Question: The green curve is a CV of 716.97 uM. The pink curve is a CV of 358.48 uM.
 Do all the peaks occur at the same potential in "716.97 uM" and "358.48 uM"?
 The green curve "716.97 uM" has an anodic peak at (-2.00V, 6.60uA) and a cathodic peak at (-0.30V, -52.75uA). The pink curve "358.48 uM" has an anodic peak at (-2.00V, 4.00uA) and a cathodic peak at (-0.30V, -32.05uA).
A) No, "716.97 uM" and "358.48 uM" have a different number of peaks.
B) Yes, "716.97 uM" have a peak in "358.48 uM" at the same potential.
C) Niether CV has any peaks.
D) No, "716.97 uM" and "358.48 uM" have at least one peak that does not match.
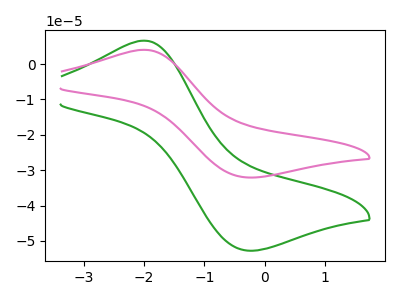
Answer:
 <answer>B) Yes, "716.97 uM" have a peak in "358.48 uM" at the same potential.</answer>
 <eval>B</eval>